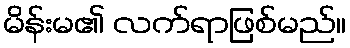
မိန်းမ၏ လက်ရာဖြစ်မည်။